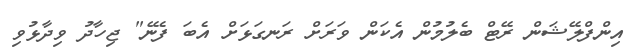
އިންފްލޭޝަން ރޭޓް ބެލުމުން އެކަން ވަރަށް ރަނގަޅަށް އެބަ ފެނޭ" ޖިހާދު ވިދާޅުވި